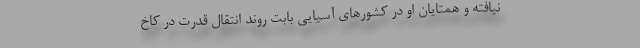
نیافته و همتایان او در کشورهای آسیایی بابت روند انتقال قدرت در کاخ